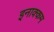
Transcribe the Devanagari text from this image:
इनाक्कम